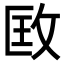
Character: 𢼳